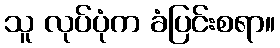
သူ လုပ်ပုံက ခံပြင်းစရာ။